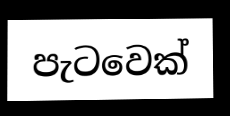
පැටවෙක්